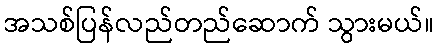
အသစ်ပြန်လည်တည်ဆောက် သွားမယ်။